Epidemic dropsy in Calcutta - Number 45
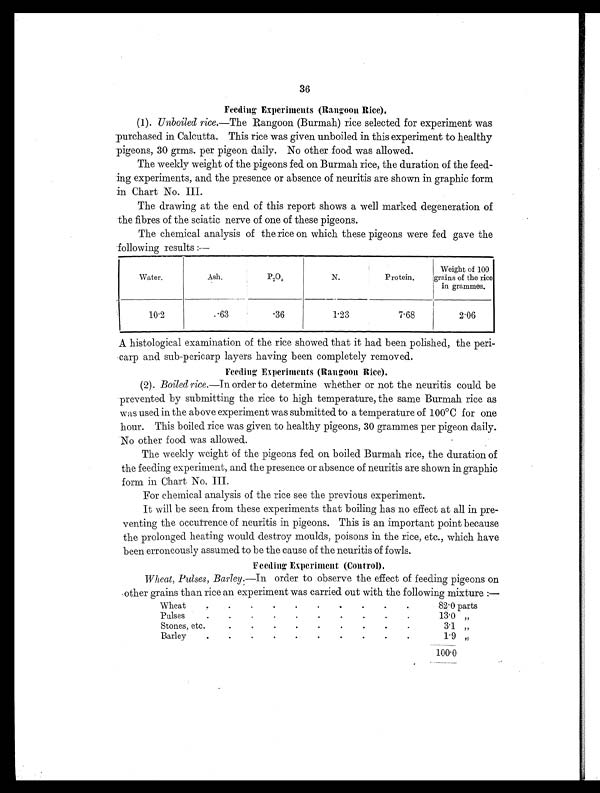
36
Feeding Experiments (Rangoon Rice).
(1). Unboiled rice.—The Rangoon (Burmah) rice selected for experiment was
purchased in Calcutta. This rice was given unboiled in this experiment to healthy
pigeons, 30 grms. per pigeon daily. No other food was allowed.
The weekly weight of the pigeons fed on Burmah rice, the duration of the feed-
ing experiments, and the presence or absence of neuritis are shown in graphic form
in Chart No. III.
The drawing at the end of this report shows a well marked degeneration of
the fibres of the sciatic nerve of one of these pigeons.
The chemical analysis of the rice on which these pigeons were fed gave the
following results :—
Water.
Ash.
P2O5
N.
Protein.
Weight of 100
grains of the rice
in grammes.
10.2
.63
.36
1.23
7.68
2.06
A histological examination of the rice showed that it had been polished, the peri-
carp and sub-pericarp layers having been completely removed.
Feeding Experiments (Rangoon Rice).
(2). Boiled rice. —In order to determine whether or not the neuritis could be
prevented by submitting the rice to high temperature, the same Burmah rice as
was used in the above experiment was submitted to a temperature of 100°C for one
hour. This boiled rice was given to healthy pigeons, 30 grammes per pigeon daily.
No other food was allowed.
The weekly weight of the pigeons fed on boiled Burmah rice, the duration of
the feeding experiment, and the presence or absence of neuritis are shown in graphic
form in Chart No. III.
For chemical analysis of the rice see the previous experiment.
It will be seen from these experiments that boiling has no effect at all in pre-
venting the occurrence of neuritis in pigeons. This is an important point because
the prolonged heating would destroy moulds, poisons in the rice, etc., which have
been erroneously assumed to be the cause of the neuritis of fowls.
F e e d i n g E x p e r i m e n t ( C o n t r o l ) .
Wheat, Pulses, Barley. —In order to observe the effect of feeding pigeons on
other grains than rice an experiment was carried out with the following mixture :—
Wheat
. .
.
.
.
.
.
.
.
.
82.0 parts
Pulses
.
.
.
.
.
.
.
.
.
.
13.0 „
Stones, etc.
.
.
.
.
.
.
.
.
. 3.1
„
Barley
.
.
.
.
. .
.
.
.
.
1.9
„
100.0